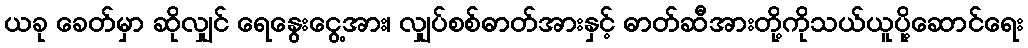
ယခု ခေတ်မှာ ဆိုလျှင် ရေနွေးငွေ့အား၊ လျှပ်စစ်ဓာတ်အားနှင့် ဓာတ်ဆီအားတို့ကိုသယ်ယူပို့ဆောင်ရေး